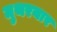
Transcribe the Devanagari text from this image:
मुथरयार